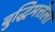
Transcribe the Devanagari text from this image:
बुद्धिमत्तेला